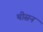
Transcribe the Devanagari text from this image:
थीसन